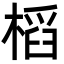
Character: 槄